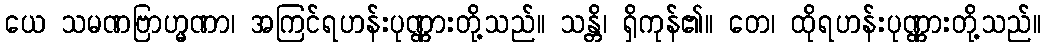
ယေ သမဏဗြာဟ္မဏာ၊ အကြင်ရဟန်းပုဏ္ဏားတို့သည်။ သန္တိ၊ ရှိကုန်၏။ တေ၊ ထိုရဟန်းပုဏ္ဏားတို့သည်။